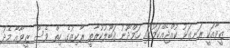
ޒީވާއަކީ ރަނގަޅު ކުއްޖެއްކަމުގައި ހަމްދޫނު ޤަބޫލުކުރާތީ ރާކިޒުގެ ހިތް ވެސް ޒީވާއާ މެދު